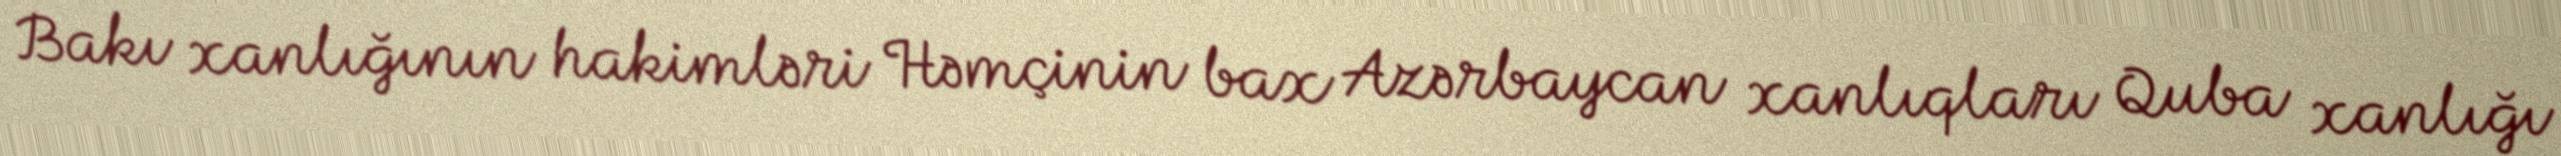
Bakı xanlığının hakimləri Həmçinin bax Azərbaycan xanlıqları Quba xanlığı